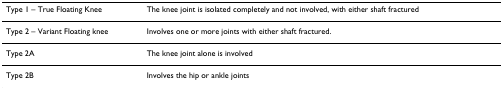
| Type 1 – True Floating Knee | The knee joint is isolated completely and not involved, with either shaft fractured |
 | --- | --- |
 | Type 2 – Variant Floating knee | Involves one or more joints with either shaft fractured. |
 | Type 2A | The knee joint alone is involved |
 | Type 2B | Involves the hip or ankle joints |